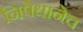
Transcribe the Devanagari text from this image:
निषेधानेच